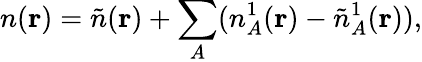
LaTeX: n(\mathbf{r})=\tilde{n}(\mathbf{r})+\sum_{A}(n_{A}^{1}(\mathbf{r})-\tilde{n}_{A}^{1}(\mathbf{r})),